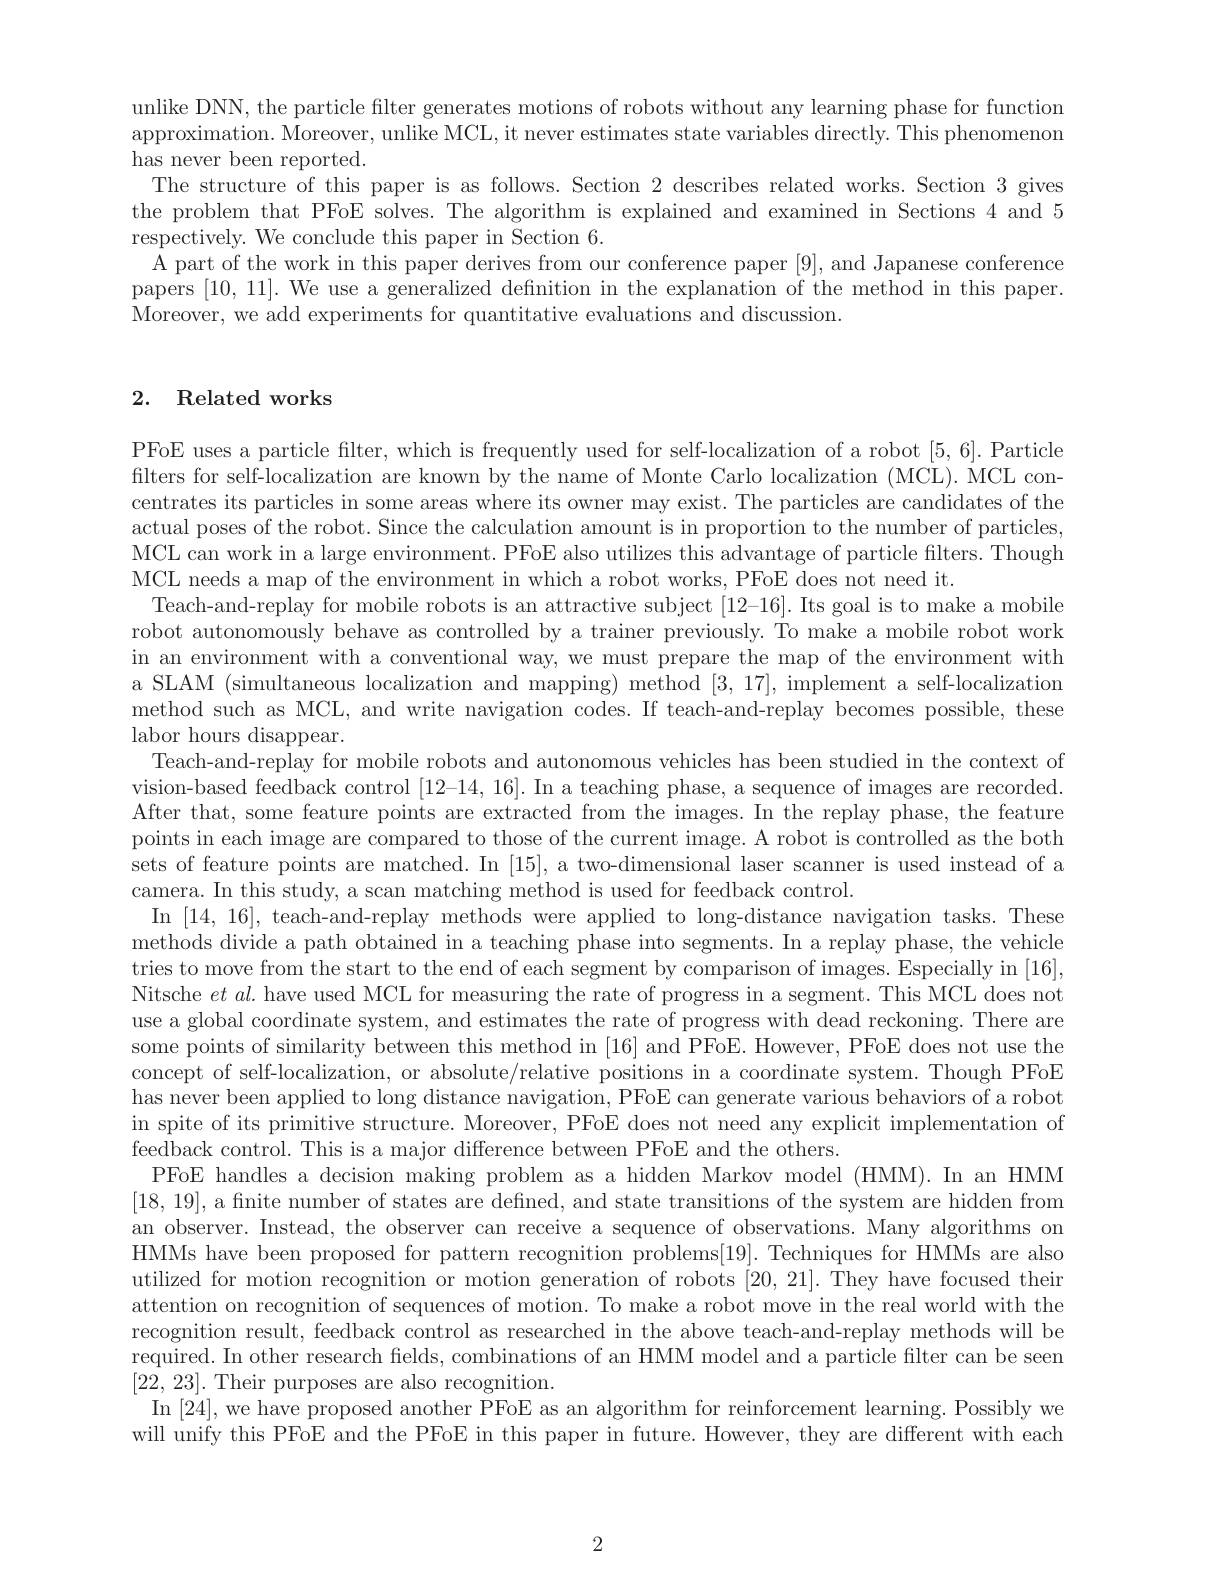
unlike DNN, the particle filter generates motions of robots without any learning phase for function approximation. Moreover, unlike MCL, it never estimates state variables directly. This phenomenon has never been reported.
The structure of this paper is as follows. Section 2 describes related works. Section 3 gives the problem that PFoE solves. The algorithm is explained and examined in Sections 4 and 5 respectively. We conclude this paper in Section 6.
A part of the work in this paper derives from our conference paper [9], and Japanese conference papers [10,11]. We use a generalized definition in the explanation of the method in this paper. Moreover, we add experiments for quantitative evaluations and discussion.

## 2. Related works

PFoE uses a particle filter, which is frequently used for self-localization of a robot [5,6]. Particle filters for self-localization are known by the name of Monte Carlo localization (MCL). MCL concentrates its particles in some areas where its owner may exist. The particles are candidates of the actual poses of the robot. Since the calculation amount is in proportion to the number of particles, MCL can work in a large environment. PFoE also utilizes this advantage of particle filters. Though MCL needs a map of the environment in which a robot works, PFoE does not need it.
Teach-and-replay for mobile robots is an attractive subject $[12–16].$ Its goal is to make a mobile robot autonomously behave as controlled by a trainer previously. To make a mobile robot work in an environment with a conventional way, we must prepare the map of the environment with a SLAM (simultaneous localization and mapping) method [3,17], implement a self-localization method such as MCL, and write navigation codes. If teach-and-replay becomes possible, these labor hours disappear.
Teach-and-replay for mobile robots and autonomous vehicles has been studied in the context of vision-based feedback control [12-14,16]. In a teaching phase, a sequence of images arecorded. After that, some feature points are extracted from the images. In the replay phase, the feature points in each image are compared to those of the current image. A robot is controlled as the both sets of feature points are matched. In [15], a two-dimensional laser scanner is used instead of a camera. In this study, a scan matching method is used for feedback control.
In [14,16], teach-and-replay methods were applied to long-distance navigation tasks. These methods divide a path obtained in a teaching phase into segments. In a replay phase, the vehicle tries to move from the start to the end of each segment by comparison of images. Especially in [16], Nitsche $et\textit{al. have used MCL for measuring the rate of progress in a segment. This MCL does not}$ use a global coordinate system, and estimates the rate of progress with dead reckoning. There are some points of similarity between this method in [16] and PFoE. However, PFoE does not use the concept of self-localization, or absolute/relative positions in a coordinate system. Though PFoE has never been applied to long distance navigation, PFoE can generate various behaviors of a robot in spite of its primitive structure. Moreover, PFoE does not need any explicit implementation of feedback control. This is a major difference between PFoE and the others.
PFoE handles a decision making problem as a hidden Markov model (HMM).In an HMM [18,19], a finite number of states are defined, and state transitions of the system are hidden from an observer. Instead, the observer can receive a sequence of observations. Many algorithms on HMMs have been proposed for pattern recognition problems[19]. Techniques for HMMs are also utilized for motion recognition or motion generation of robots [20,21]. They have focused their attention on recognition of sequences of motion. To make a robot move in the real world with the recognition result, feedback control as researched in the above teach-and-replay methods will be required. In other research felds, combinations of an HMM model and a particle filter can be seen [22,23]. Their purposes are also recognition.
In [24],we have proposed another PFoE as an algorithm for reinforcement learning. Possibly we will unify this PFoE and the PFoE in this paper in future. However, they are different with each

2